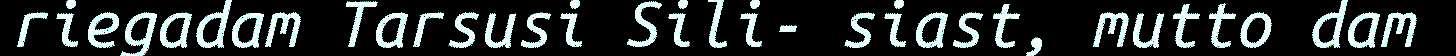
riegadam Tarsusi Sili- siast, mutto dam